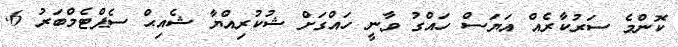
ކޮންމެ ސަރުކާރެއް އަޔަސް ހައްގު ވާނީ ހައްގަށް ޝުކުރިއްޔާ ޝެއިޙް ސެޕްޓެމްބަރު 6